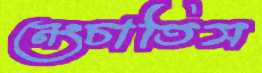
নেংচাতিস